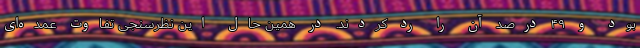
بود و ۴۹ درصد آن را رد کردند. در همین حال این نظرسنجی تفاوت عمده‌ای